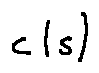
c ( s )